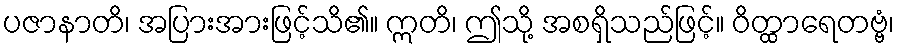
ပဇာနာတိ၊ အပြားအားဖြင့်သိ၏။ ဣတိ၊ ဤသို့ အစရှိသည်ဖြင့်။ ဝိတ္ထာရေတဗ္ဗံ၊